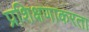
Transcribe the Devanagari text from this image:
प्रशिक्षणाकरता